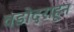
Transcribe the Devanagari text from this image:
वडोदराहून